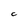
Character: C